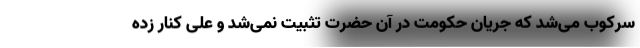
سرکوب می‌شد که جریان حکومت در آن حضرت تثبیت نمی‌شد و علی کنار زده